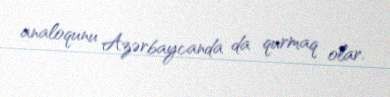
analoqunu Azərbaycanda da qurmaq olar.